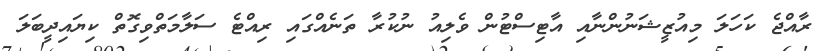
ރާއްޖެ ކަހަލަ މިއުޒީޝަނުންނާއި އާޓިސްޓުން ވެލިއު ނުކުރާ ތަނެއްގައި ރިއްޓެ ސަލާމަތްވިގޮތް ކިޔައިދީބަލަ